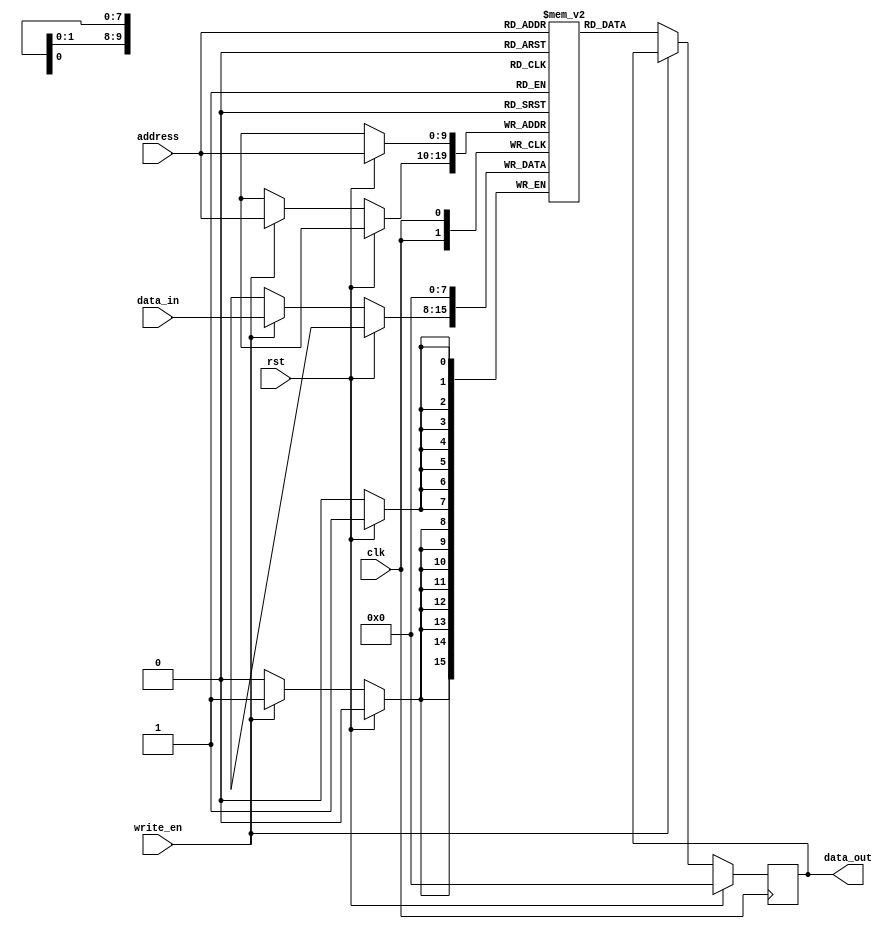
module DRAM (
    input wire clk,
    input wire rst,
    input wire write_en,
    input wire [ADDR_WIDTH-1:0] address,
    input wire [DATA_WIDTH-1:0] data_in,
    output reg [DATA_WIDTH-1:0] data_out
);

parameter MEM_SIZE = 1024; // Total memory blocks size
parameter ADDR_WIDTH = $clog2(MEM_SIZE); // Address width for memory blocks
parameter DATA_WIDTH = 8; // Data width for each memory block

reg [DATA_WIDTH-1:0] memory [0:MEM_SIZE-1];

// Address decoding logic
reg [ADDR_WIDTH-1:0] block_addr;
always @* begin
    block_addr = address[ADDR_WIDTH-1:ADDR_WIDTH-$clog2(MEM_SIZE)];
end

// Read operation
always @ (posedge clk) begin
    if (rst) begin
        data_out <= 0;
    end else begin
        if (!write_en) begin
            data_out <= memory[block_addr];
        end
    end
end

// Write operation
always @ (posedge clk) begin
    if (rst) begin
        memory[block_addr] <= 0;
    end else begin
        if (write_en) begin
            memory[block_addr] <= data_in;
        end
    end
end

// Refresh circuitry (not implemented in this code snippet)

endmodule